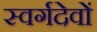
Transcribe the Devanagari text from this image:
स्वर्गदेवों